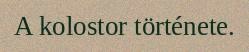
A kolostor története.